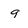
Character: g